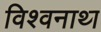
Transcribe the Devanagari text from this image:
विश्‍वनाथ्‍ा